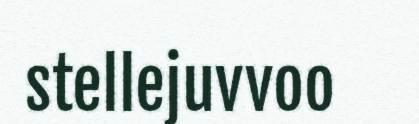
stellejuvvoo